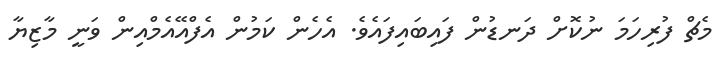
މެޗް ފުރިހަމަ ނުކޮށް ދަނޑުން ފައިބައިފައެވެ. އެހެން ކަމުން އެފްއޭއެމްއިން ވަނީ މާޒިޔާ